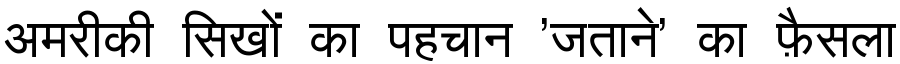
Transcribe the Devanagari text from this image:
अमरीकी सिखों का पहचान 'जताने' का फ़ैसला